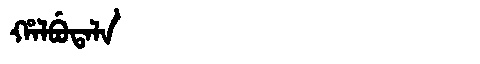
Manchu: ᡥᠠᠯᠪᡠᡨᠠᠯᠠ
Romanization: HALBUTALA